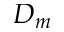
D _ { m }